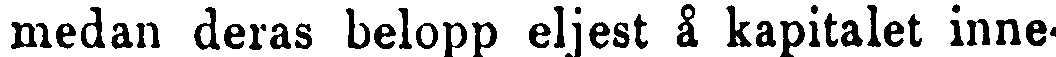
medan deras belopp eljest å kapitalet inne-